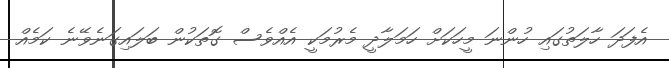
އެފަދަ ހާލަތުގައި ހުންނަ މީހަކަށް ހަމަލާދީ މެރުމަކީ އެއްވެސް ގޮތަކުން ބަލައިގަނެވޭނެ ކަމެއް